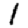
Digit: 1